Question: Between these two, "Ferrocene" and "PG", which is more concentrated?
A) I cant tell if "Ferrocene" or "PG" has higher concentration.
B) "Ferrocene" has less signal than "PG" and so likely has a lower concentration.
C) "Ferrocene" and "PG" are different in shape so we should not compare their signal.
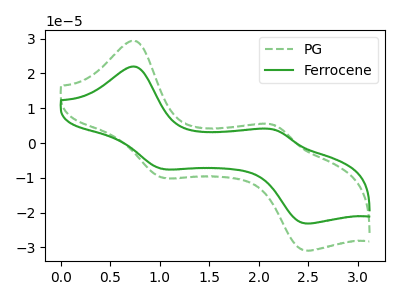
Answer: <think>The green dashed curve "PG" has anodic peaks at (0.75V, 29.35uA) (2.15V, 5.10uA) and cathodic peaks at (1.05V, -10.05uA) (2.50V, -30.85uA). The green curve "Ferrocene" has anodic peaks at (0.75V, 21.95uA) (2.15V, 3.85uA) and cathodic peaks at (1.05V, -7.50uA) (2.50V, -23.10uA).
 All the peaks in "Ferrocene" have a peak in "PG" at the same potential. Every peak in "Ferrocene" is lower than every peak in "PG".</think>
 <answer>B) "Ferrocene" has less signal than "PG" and so likely has a lower concentration.</answer>
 <eval>B</eval>